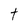
Character: t